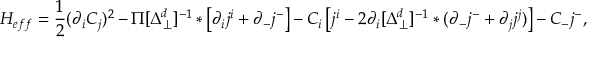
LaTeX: { \cal H } _ { e f f } = \frac 1 2 ( \partial _ { i } C _ { j } ) ^ { 2 } - \Pi [ \Delta _ { \perp } ^ { d } ] ^ { - 1 } * \left[ \partial _ { i } j ^ { i } + \partial _ { - } j ^ { - } \right] - C _ { i } \left[ j ^ { i } - 2 \partial _ { i } [ \Delta _ { \perp } ^ { d } ] ^ { - 1 } * ( \partial _ { - } j ^ { - } + \partial _ { j } j ^ { j } ) \right] - C _ { - } j ^ { - } ,